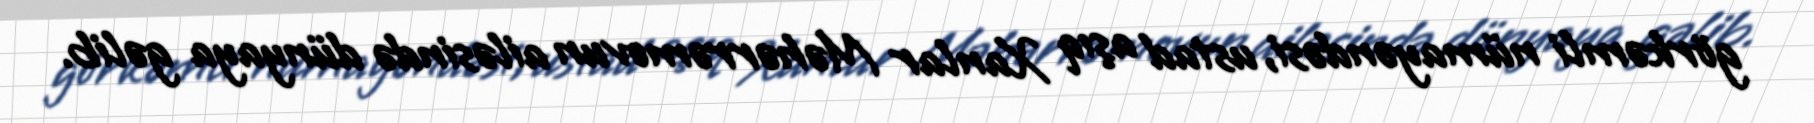
görkəmli nümayəndəsi, ustad aşıq Xanlar Məhərrəmovun ailəsində dünyaya gəlib.